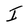
Character: I